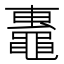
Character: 𬹢